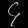
Digit: ၄